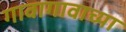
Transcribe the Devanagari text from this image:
गावागावाच्या